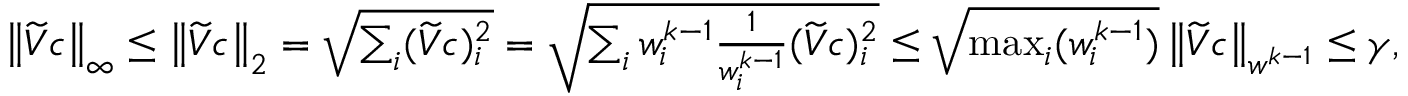
\begin{array} { r } { \left\lVert \widetilde { V } c \right\rVert _ { \infty } \leq \left\lVert \widetilde { V } c \right\rVert _ { 2 } = \sqrt { \sum _ { i } ( \widetilde { V } c ) _ { i } ^ { 2 } } = \sqrt { \sum _ { i } w _ { i } ^ { k - 1 } \frac { 1 } { w _ { i } ^ { k - 1 } } ( \widetilde { V } c ) _ { i } ^ { 2 } } \leq \sqrt { \operatorname* { m a x } _ { i } ( w _ { i } ^ { k - 1 } ) } \left\lVert \widetilde { V } c \right\rVert _ { w ^ { k - 1 } } \leq \gamma , } \end{array}